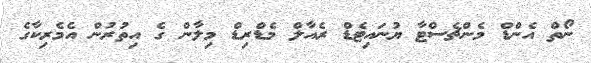
ނޯތް އެންޑް މެންޗެސްޓާ ޔުނައިޓެޑް ރެއާލް މެޑްރިޑް މިލާން ގެ އިތުރުން އެމެރިކާގެ